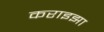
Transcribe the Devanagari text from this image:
कराइझा